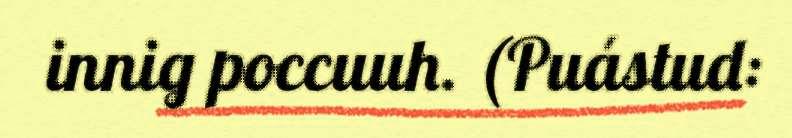
innig poccuuh. (Puástud: